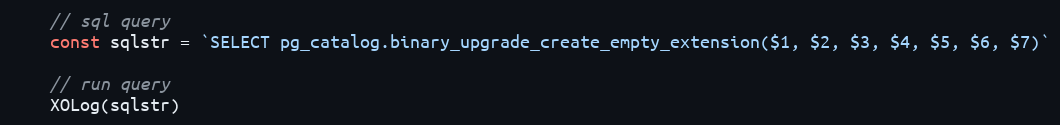
Language: Go
	// sql query
	const sqlstr = `SELECT pg_catalog.binary_upgrade_create_empty_extension($1, $2, $3, $4, $5, $6, $7)`

	// run query
	XOLog(sqlstr)